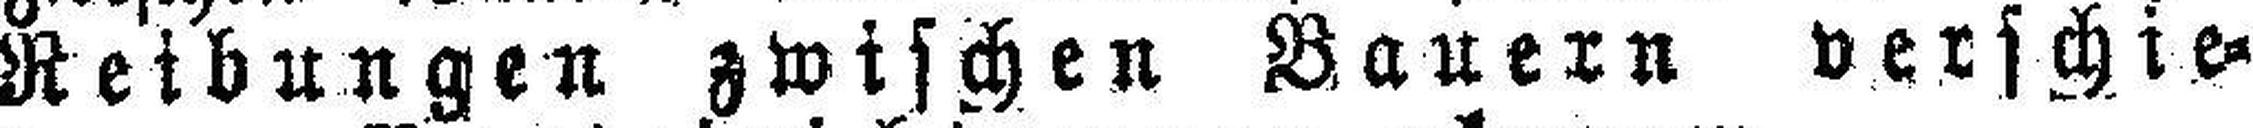
Reibungen zwischen Bauern verschie¬